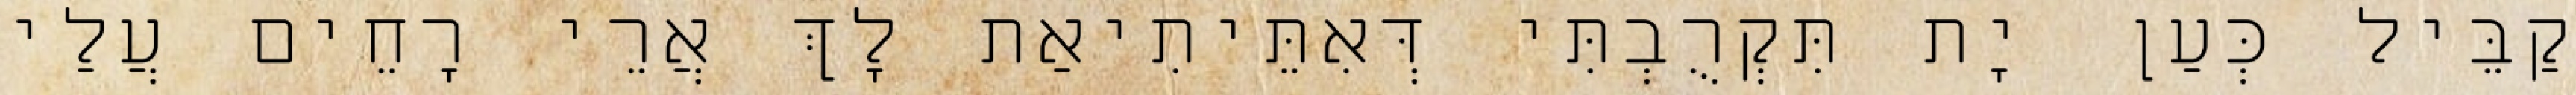
קַבֵּיל כְּעַן יָת תִּקְרֻבְתִּי דְּאִתֵּיתִיאַת לָךְ אֲרֵי רָחֵים עֲלַי